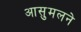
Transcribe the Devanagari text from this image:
आसुमलने